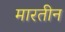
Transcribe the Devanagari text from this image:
मारतीन